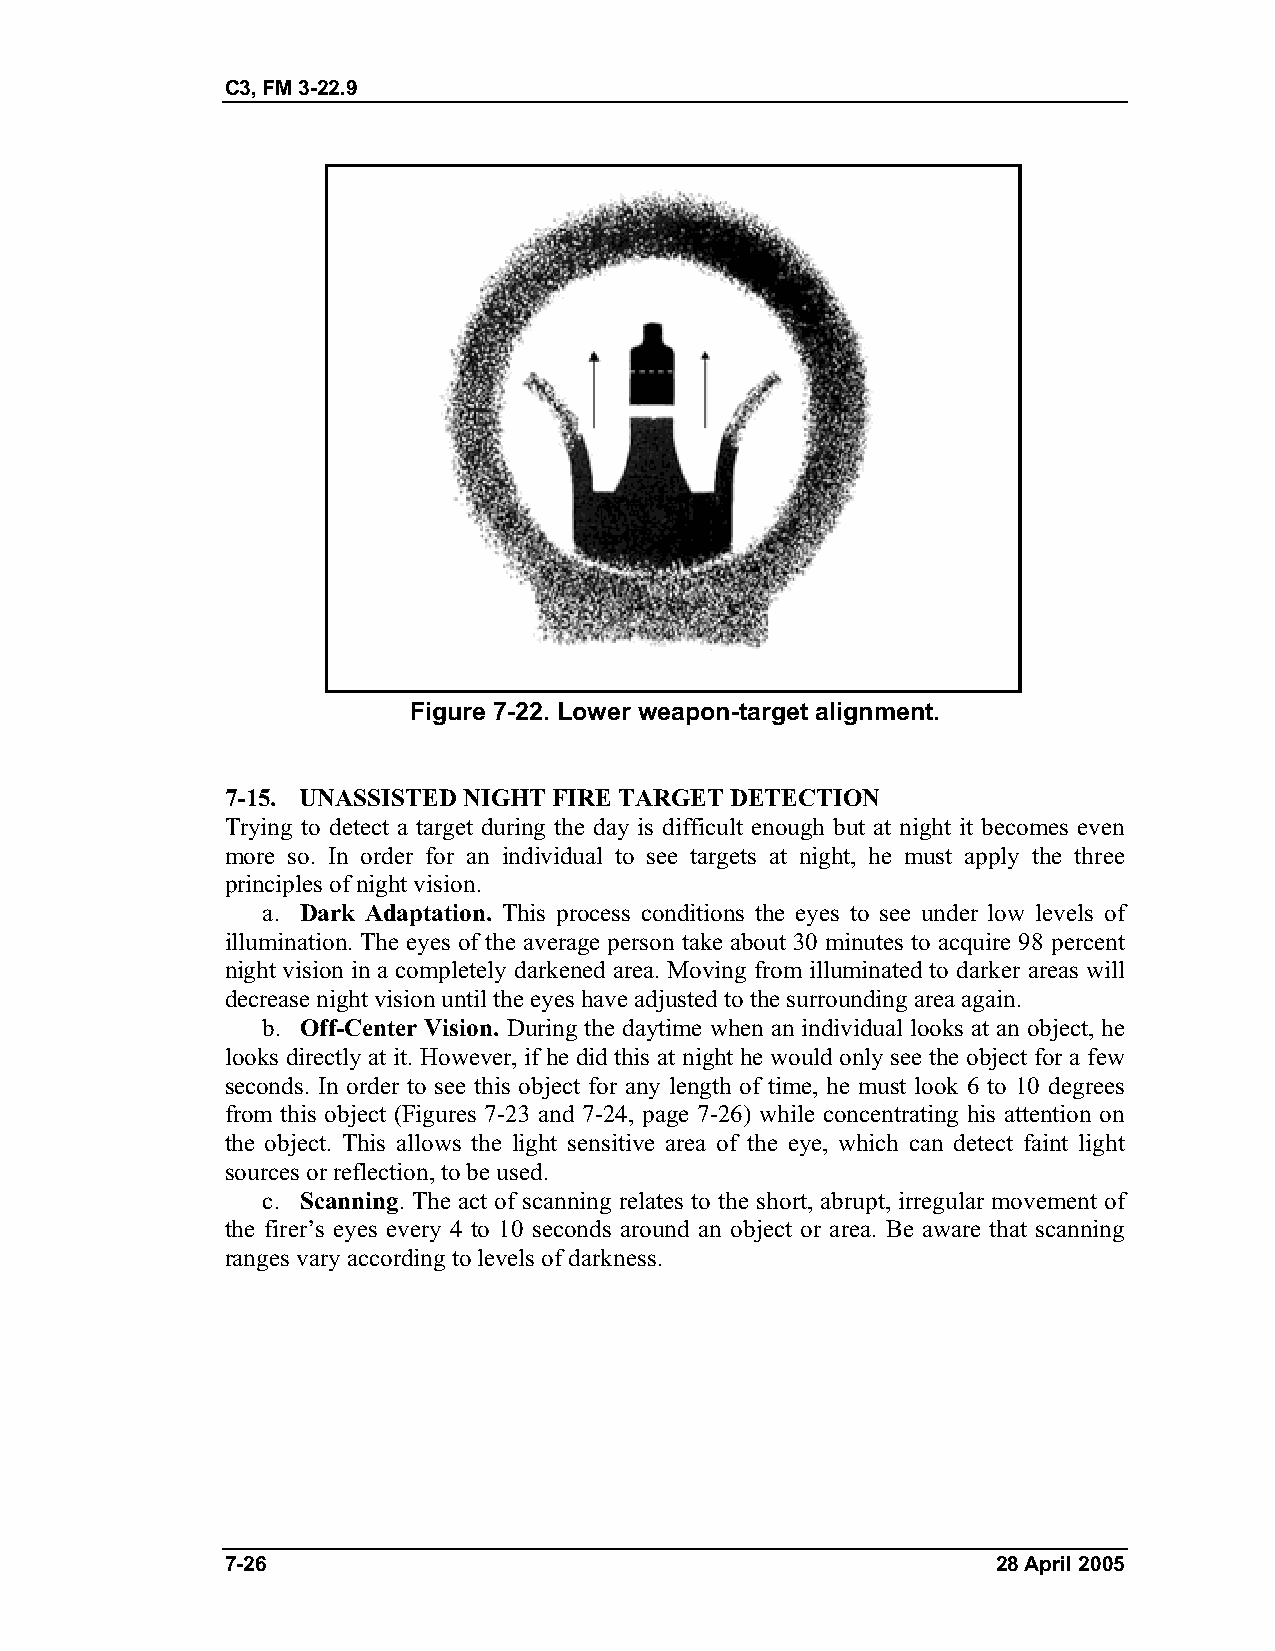
C3, FM 3-22.9
 Figure 7-22. Lower weapon-target alignment.
 7-15. UNASSISTED NIGHT FIRE TARGET DETECTION
 Trying to detect a target during the day is difficult enough but at night it becomes even
 more so. In order for an individual to see targets at night, he must apply the three
 principles of night vision.
 a. Dark Adaptation. This process conditions the eyes to see under low levels of
 illumination. The eyes of the average person take about 30 minutes to acquire 98 percent
 night vision in a completely darkened area. Moving from illuminated to darker areas will
 decrease night vision until the eyes have adjusted to the surrounding area again.
 b. Off-Center Vision. During the daytime when an individual looks at an object, he
 looks directly at it. However, if he did this at night he would only see the object for a few
 seconds. In order to see this object for any length of time, he must look 6 to 10 degrees
 from this object (Figures 7-23 and 7-24, page 7-26) while concentrating his attention on
 the object. This allows the light sensitive area of the eye, which can detect faint light
 sources or reflection, to be used.
 c. Scanning. The act of scanning relates to the short, abrupt, irregular movement of
 the firer’s eyes every 4 to 10 seconds around an object or area. Be aware that scanning
 ranges vary according to levels of darkness.
 7-26                                               28 April 2005